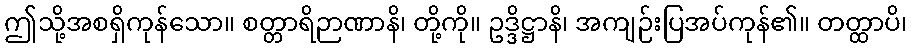
ဤသို့အစရှိကုန်သော။ စတ္တာရိဉာဏာနိ၊ တို့ကို။ ဥဒ္ဒိဋ္ဌာနိ၊ အကျဉ်းပြအပ်ကုန်၏။ တတ္ထာပိ၊